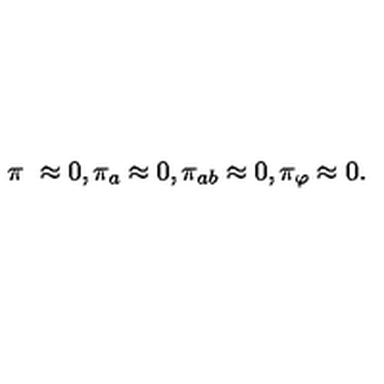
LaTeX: \pi _ { \ } \approx 0 , \pi _ { a } \approx 0 , \pi _ { a b } \approx 0 , \pi _ { \varphi } \approx 0 .